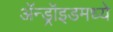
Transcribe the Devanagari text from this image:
ॲन्ड्रॉइडमध्ये